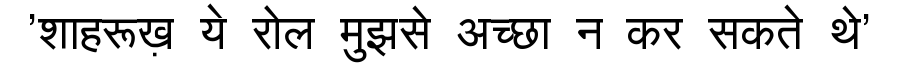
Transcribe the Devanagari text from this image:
'शाहरूख़ ये रोल मुझसे अच्छा न कर सकते थे'